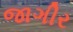
જાગીર